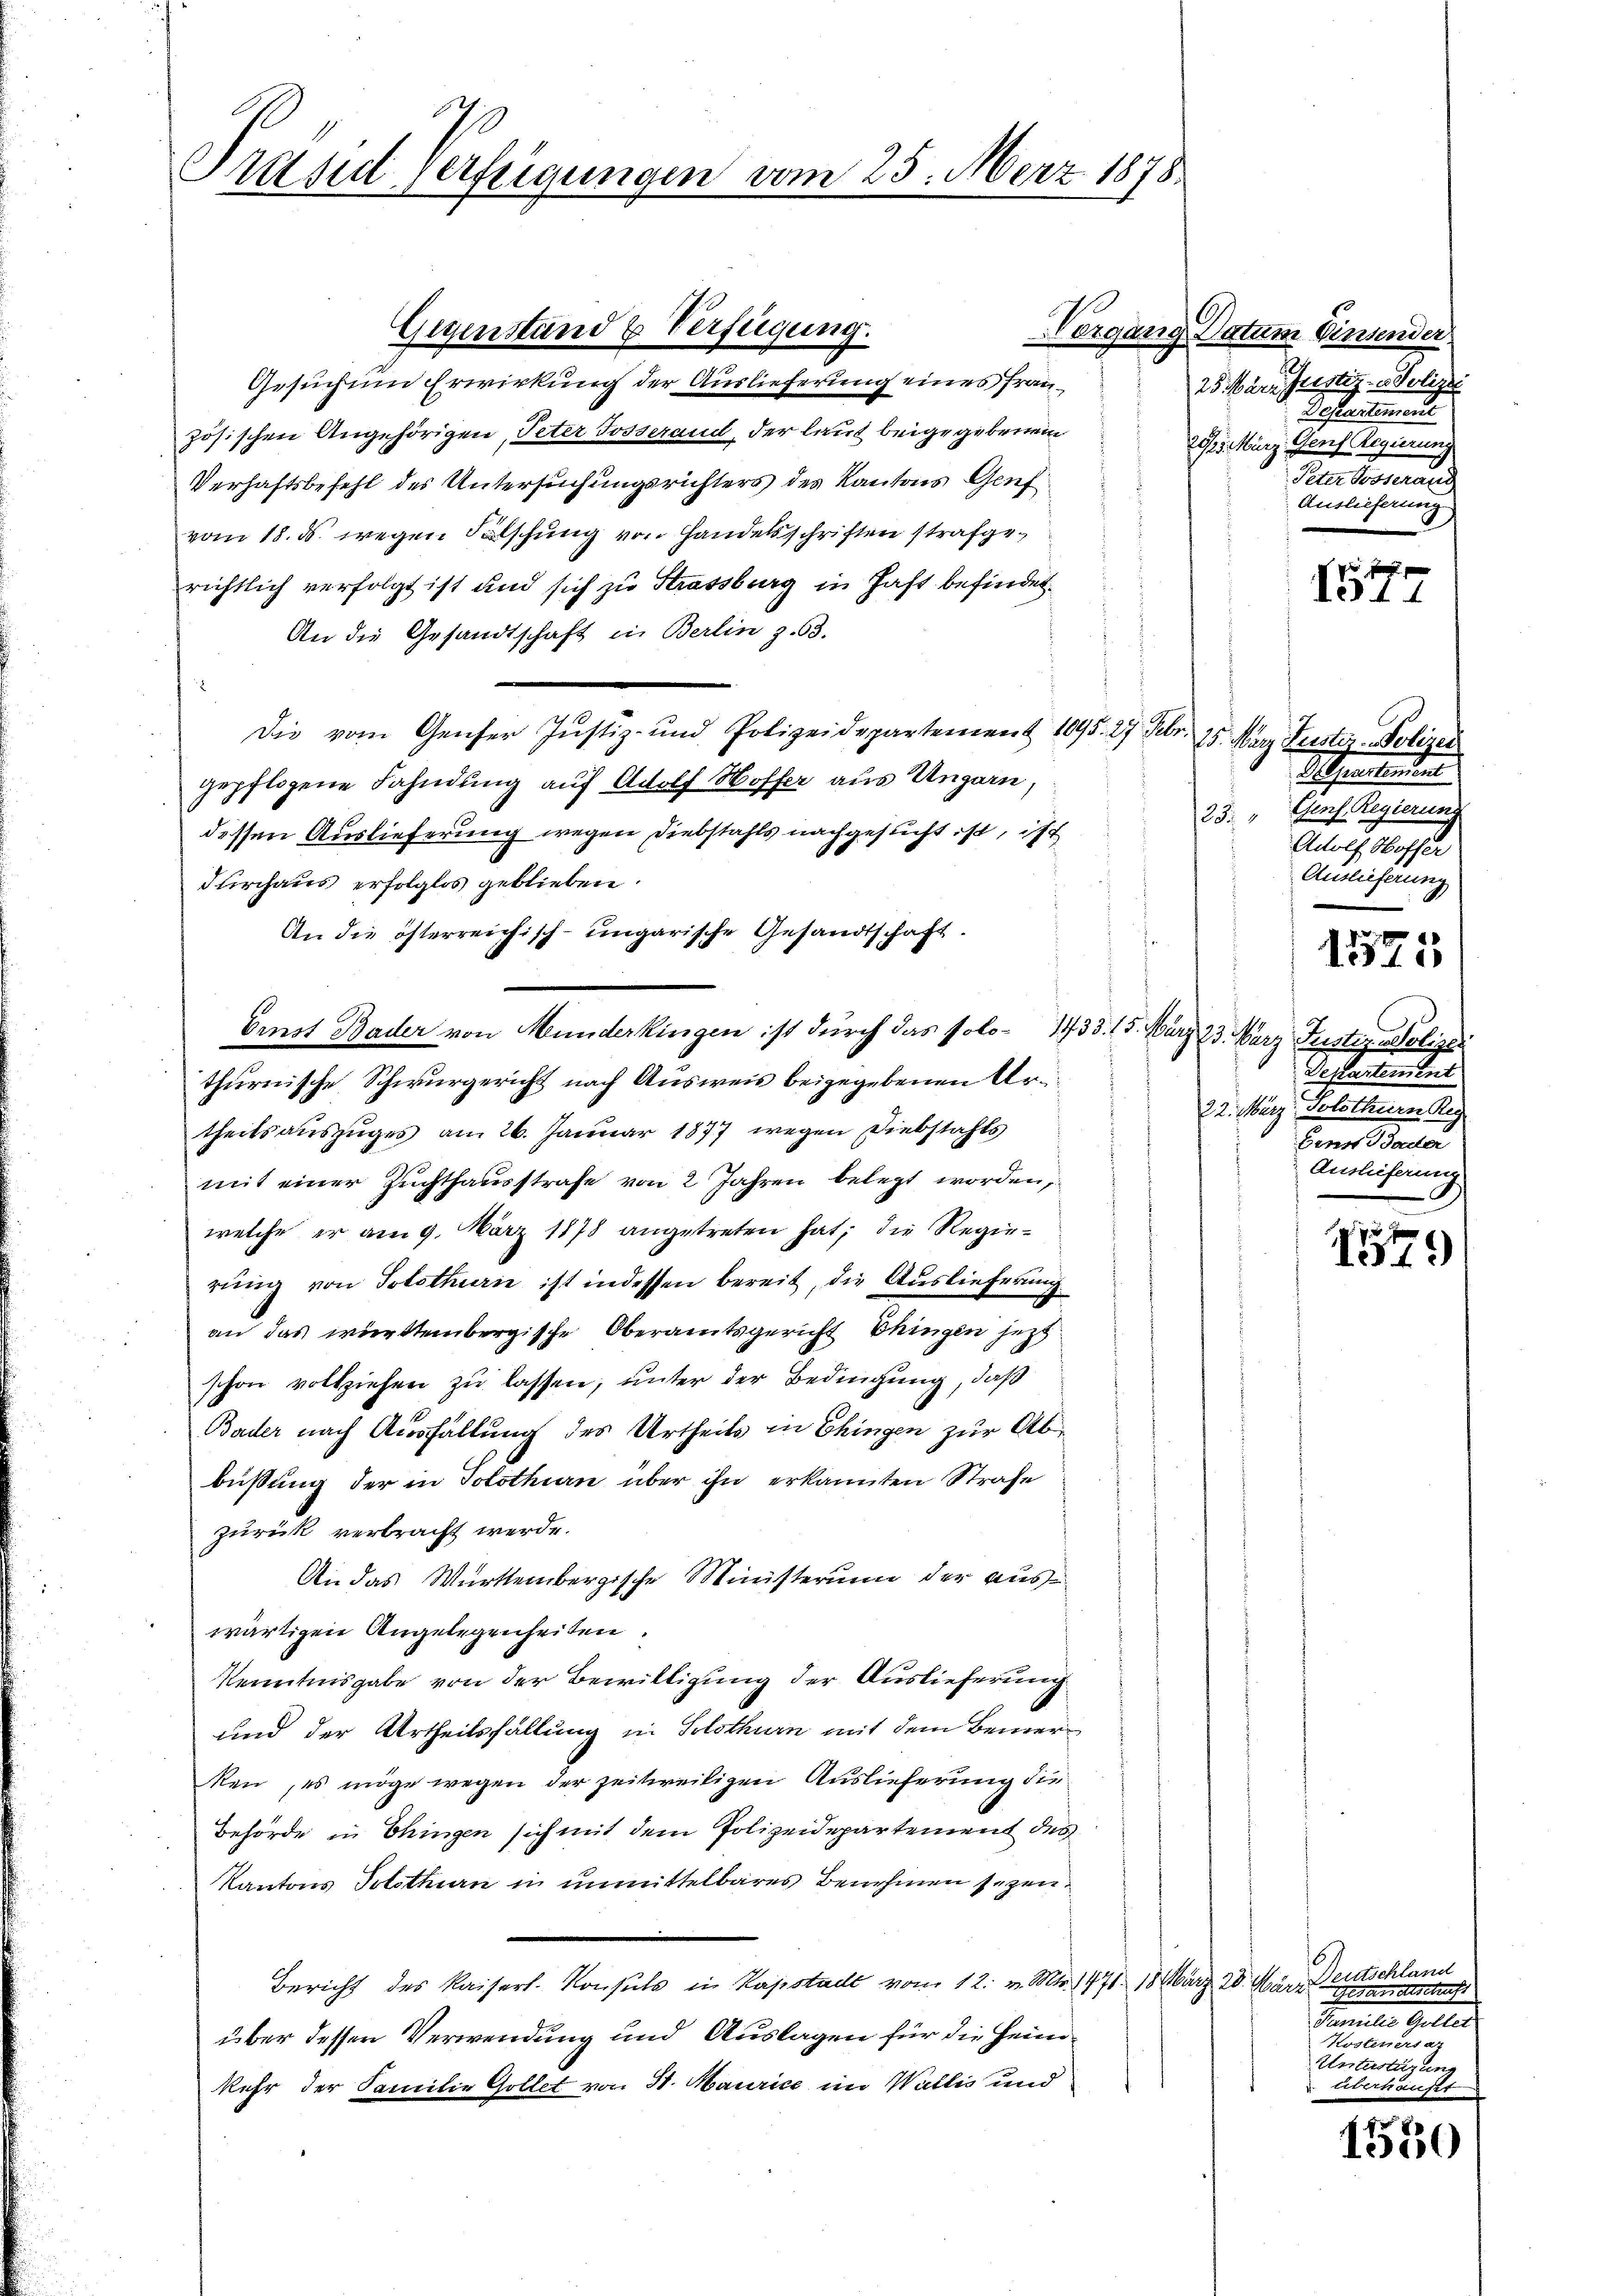
Präsid Verfeigungen vom 25. März 1878.

Gesuchen Erwirkung der Auslieferung eines Französischen Angehörigen, Peter Josserand, der laut beigegebenen
Verhaftsbefehl des Untersuchungsrichters des Kantons Genf
vom 18. ds. wegen Fälschung von Handelsschriften strafgerichtlich verfolgt ist und sich zu Strassberg in Jahr befindet.
An die Gesandtschaft in Berlin z. 63.
Die vom Genfer Justiz- und Polizeidepartement 1095. 27. Febr. 15. März Justiz - Polizei
gepflogene Fahndung auf Adolf Hoffer aus Ungarn,
dessen Auslieferung wegen Diebstahls nachgesucht ist, ist
durchaus erfolglos geblieben
An die österreichisch-ungarische Gesandtschaft.
Ernst Bader von Munderkingen ist durch das solo 1433. 15. März 23. März Gustizadeliger
thurnische Schwurgericht nach Ausweis beigegebenen Artheilsauszuges am 26. Januar 1877 wegen Diebstahls
mit einer Zuchthausstrafe von 2 Jahren belegt worden,
welche er am 9. März 1878 angetreten hat; die Regierung von Solothurn ist indessen bereit, die Auslieferung
an das württembergische Oberamtsgericht hingen jetzt
schon vollziehen zu lassen; unter der Bedingung, daß
Bader nach Ausfällung des Urtheils in Ehingen zur Abbüßung der in Solothurn über ihn erkannten Strafe
zurück verbracht werde.
An das Württembergische Ministerium der auswärtigen Angelegenheiten.
Kenntnisgabe von der Bewilligung der Auslieferung
und der Urtheilsfallung in Solothurn mit dem Bemerken, es möge wegen der zeitweiligen Auslieferung die
Behörde in Chingen sich mit dem Polizeidepartement des
Kantons Solothurn in unmittelbares Benehmen sezen
Bericht des Kaiserl. Konsuls in Kapstalt vom 12. v. Mts. 1771. 18. März 20. März entschland
über dessen Verwendung und Auslagen für die Heimkehr der Familie Gollet von St. Maurice im Wallis und

Gegenstand & Verfügung.

Vergang Datum Einsender
25. März. Justiz- u Polizei
Pestantement
20/25. März, Genf Regierung
Peter Posseraus
Auslieferung.

131

Apertenden
23. " Genf. Regierung
Adolf Hoffer
Auslieferung
Departement
22. März, Solothurn Reg
bens Bader
Auslieferung

1575

1579

6.
eanettschaft
Familie Mutter

Unterstärung
überkauft

1550